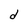
Character: d